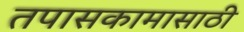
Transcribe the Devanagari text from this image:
तपासकामासाठी